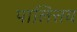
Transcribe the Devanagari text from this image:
पालित्तय